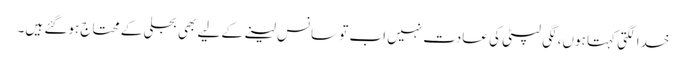
خدا لگتی کہتا ہوں، لگی لپٹی کی عادت نہیں اب تو سانس لینے کے لیے بھی بجلی کے محتاج ہوگئے ہیں‌۔